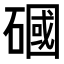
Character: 𥕏